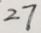
2 7